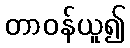
တာဝန်ယူ၍